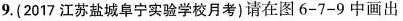
9.(2017江苏盐城阜宁实验学校月考)请在图6-7-9中画出